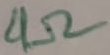
Text: 4Ω